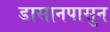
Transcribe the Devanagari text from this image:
डासानपासुन